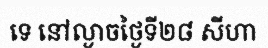
ទេ នៅល្ងាចថ្ងៃទី២៨ សីហា